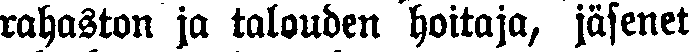
rahaston ja talouden hoitaja, jäsenet